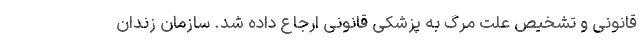
قانونی و تشخیص علت مرگ به پزشکی قانونی ارجاع داده شد. سازمان زندان